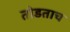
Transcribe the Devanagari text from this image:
तोडताच